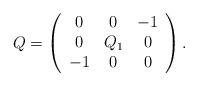
LaTeX: \begin{align*} Q = \left( \begin{array}{ccc} 0 & 0 & -1 \\ 0 & Q_1 & 0 \\ -1 & 0 & 0\end{array}\right).\end{align*}